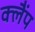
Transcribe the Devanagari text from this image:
क्‍लैंप